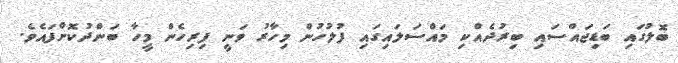
ބޮލުގައި ބަޑިޖައްސައި ބިރުދެއްކި މައްސަލައިގައި ފުލުހުން މިހާރު ވަނީ ފިރިހެން މީހާ ބަންދުކޮށްފައެވެ.